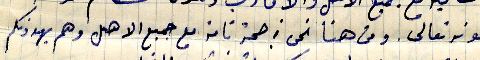
بعونه تعالى. ومن هنا نحن في صحة تامة مع جميع الاهل وهم يهدونكم